Indian journal of veterinary science and animal husbandry - Volume 12,
Year: 1942
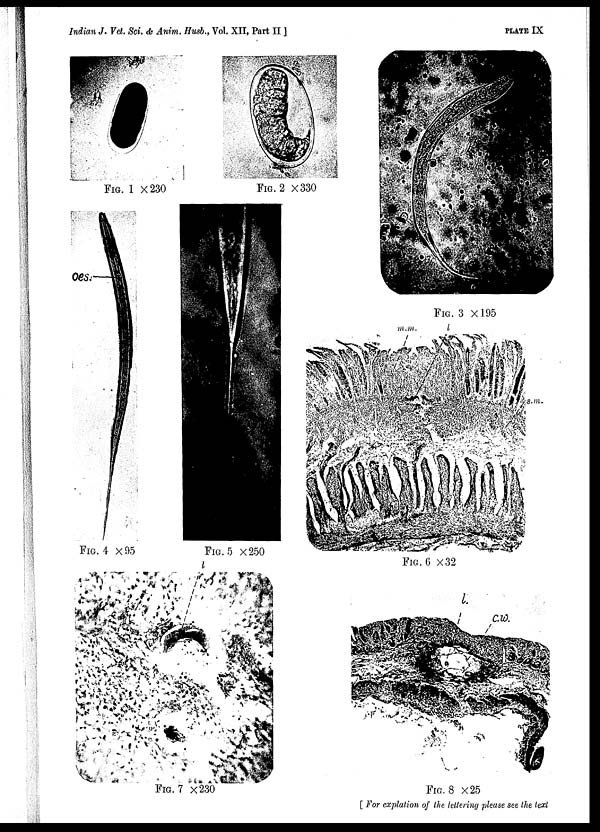
Indian J. Vet. Sci. & Anim. Hush., Vol. XII, Part II ]
PLATE
IX
FIG. 1 ×230
FIG. 2 ×330
FIG. 3 ×195
FIG. 4 × 95
FIG. 5 ×250
FIG. 6 ×32
FIG. 7 ×230
FIG. 8 ×25
[ For expiation of the lettering please see the text